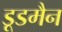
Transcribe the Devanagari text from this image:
डूडमैन